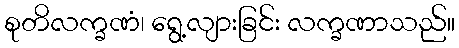
စုတိလက္ခဏံ၊ ရွေ့လျားခြင်း လက္ခဏာသည်။